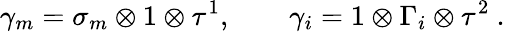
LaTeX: \gamma_{m}=\sigma_{m}\otimes 1\otimes\tau^{1},\qquad\gamma_{i}=1\otimes\Gamma_{i}\otimes\tau^{2}\ .